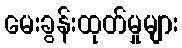
မေးခွန်းထုတ်မှုများ